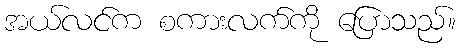
အယ်လင်က စကားလက်ကို ပြောသည်။